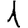
Digit: 1